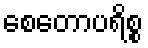
စေတောပရိစ္စ